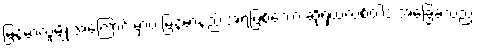
မြန်မာလူမျိုးအကြောင်းမှာပဲ မြန်မာ့နည်းအရဖြစ်သော ဆိုရှယ်လစ်ဝါဒ အခြေခံသည့်